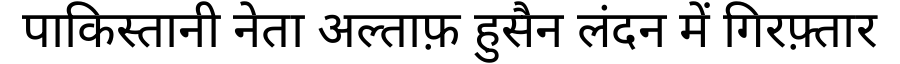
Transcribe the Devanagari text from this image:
पाकिस्तानी नेता अल्ताफ़ हुसैन लंदन में गिरफ़्तार